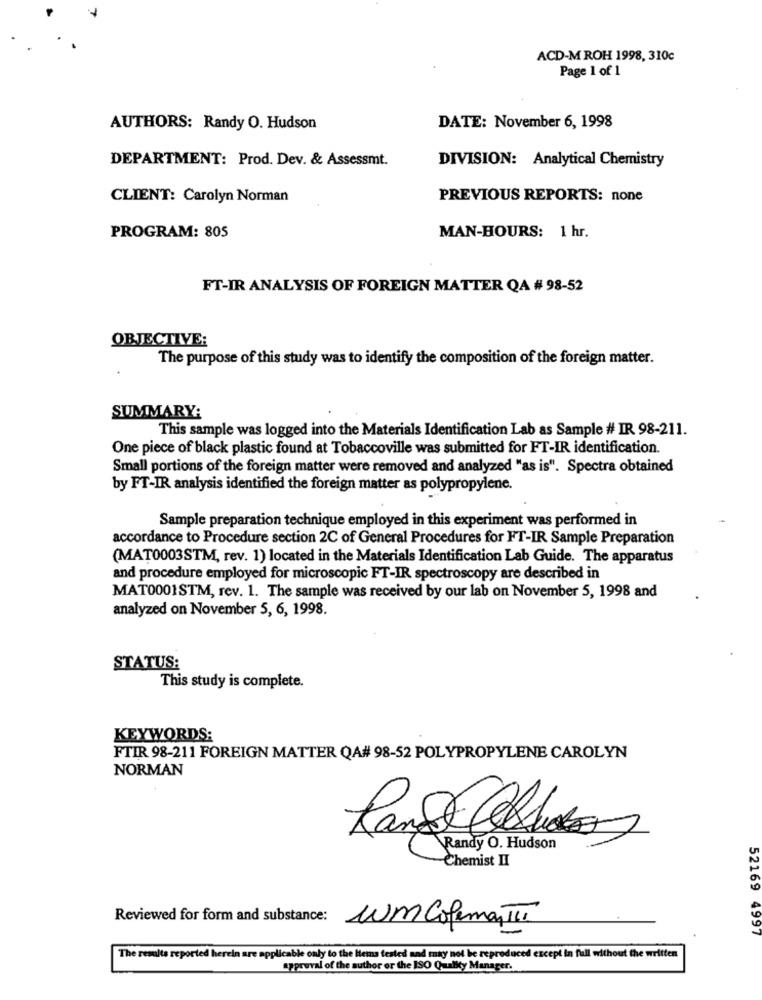
ACD-M ROH 1998, 310c
Page 1 of 1
AUTHORS: Randy O. Hudson
DATE: November 6, 1998
DEPARTMENT: Prod. Dev. & Assessmt.
DIVISION: Analytical Chemistry
CLIENT: Carolyn Norman
PREVIOUS REPORTS: none
PROGRAM: 805
MAN-HOURS: 1 hr.
FT-IR ANALYSIS OF FOREIGN MATTER QA # 98-52
OBJECTIVE:
The purpose of this study was to identify the composition of the foreign matter.
SUMMARY:
This sample was logged into the Materials Identification Lab as Sample # IR 98-211.
One piece of black plastic found at Tobaccoville was submitted for FT-IR identification.
Small portions of the foreign matter were removed and analyzed "as is". Spectra obtained
by FT-IR analysis identified the foreign matter as polypropylene.
Sample preparation technique employed in this experiment was performed in
accordance to Procedure section 2C of General Procedures for FT-IR Sample Preparation
(MAT0003STM, rev. 1) located in the Materials Identification Lab Guide. The apparatus
and procedure employed for microscopic FT-IR spectroscopy are described in
MAT0001STM, rev. 1. The sample was received by our lab on November 5, 1998 and
analyzed on November 5, 6, 1998.
STATUS:
This study is complete.
KEYWORDS:
FTIR 98-211 FOREIGN MATTER QA# 98-52 POLYPROPYLENE CAROLYN
NORMAN
Lang Caldo
Randy O. Hudson
Chemist II
Reviewed for form and substance:
Wm ColemanTii
52169 4997
The results reported herein are applicable only to the Items tested and may not be reproduced except in full without the written
approval of the author or the ISO Quality Manager.